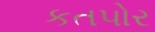
કતપોર